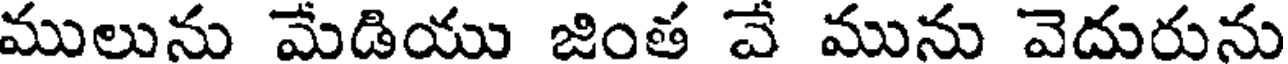
ములును మేడియు జింత చే మును వెదురును